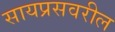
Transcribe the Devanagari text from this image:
सायप्रसवरील